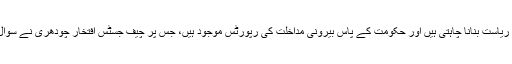
بابر اعوان نے دعویٰ کیا کہ بین الاقوامی اور علاقائی طاقتیں پاکستان کو کمزور اور ناکام ریاست بنانا چاہتی ہیں اور حکومت کے پاس بیرونی مداخلت کی رپورٹس موجود ہیں، جس پر چیف جسٹس افتخار چودھری نے سوال کیا کہ حکومت ان رپورٹس کی موجودگی کے باوجود کوئی کارروائی کیوں نہیں کرتی؟